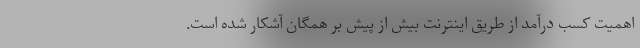
اهمیت کسب درآمد از طریق اینترنت بیش از پیش بر همگان آشکار شده است.